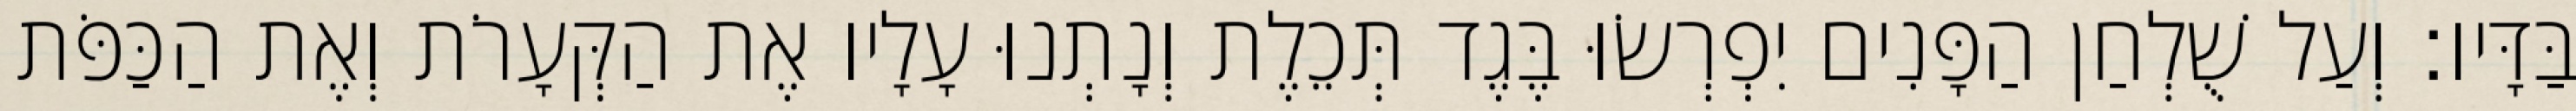
בַּדָּיו׃ וְעַל שֻׁלְחַן הַפָּנִים יִפְרְשׂוּ בֶּגֶד תְּכֵלֶת וְנָתְנוּ עָלָיו אֶת הַקְּעָרֹת וְאֶת הַכַּפֹּת